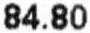
84.80